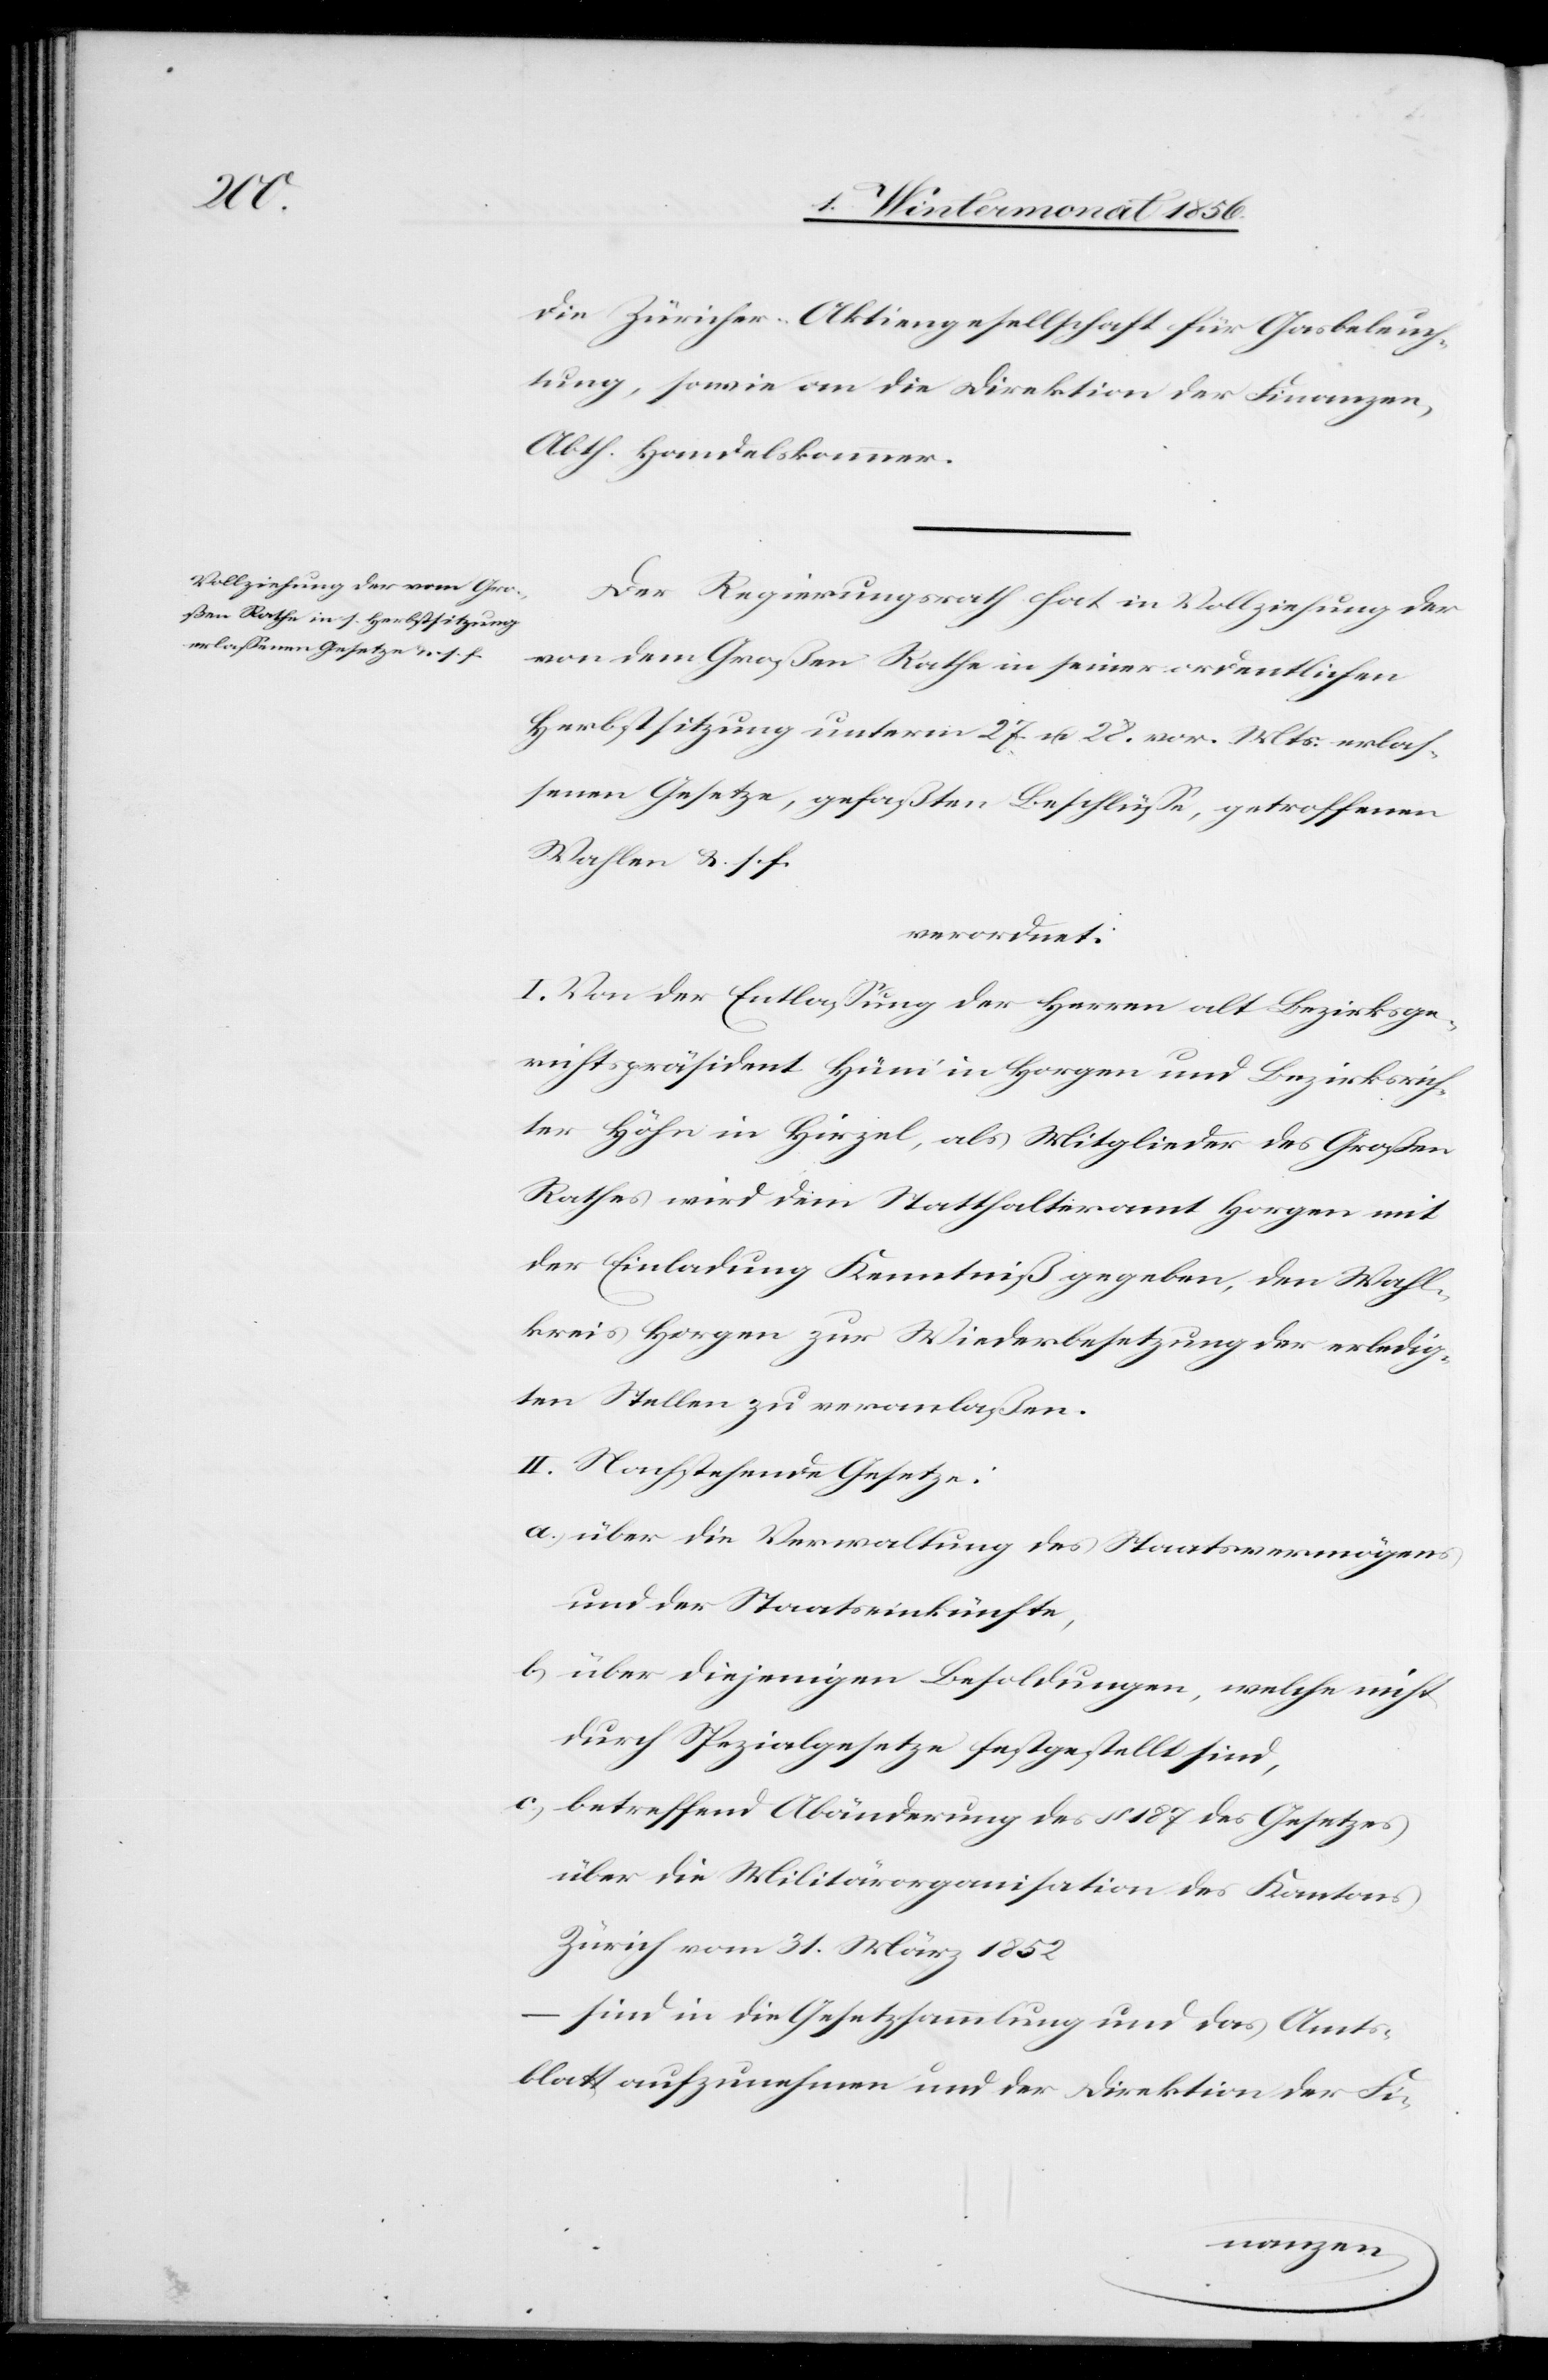
die Züricher-Aktiengesellschaft für Gasbeleuch¬
tung, sowie an die Direktion der Finanzen,
Abth. Handelskammer.
Der Regierungsrath hat in Vollziehung der
von dem Großen Rathe in seiner ordentlichen
Herbstsitzung unterm 27 u. 28. vor. Mts. erlas¬
senen Gesetze, gefaßten Beschlüsse, getroffenen
Wahlen &. s. f.
verordnet:
I. Von der Entlassung der Herren alt Bezirksge¬
richtspräsident Hüni in Horgen und Bezirksrich¬
ter Höhn in Hirzel, als Mitglieder des Großen
Rathes wird dem Statthalteramt Horgen mit
der Einladung Kenntniß gegeben, den Wahl¬
kreis Horgen zur Wiederbesetzung der erledig¬
ten Stellen zu veranlaßen.
II. Nachstehende Gesetze:
a.) über die Verwaltung des Staatsvermögens
und der Staatseinkünfte,
b.) über diejenigen Besoldungen, welche nicht
durch Spezialgesetze festgestellt sind,
c.) betreffend Abänderung des § 187 des Gesetzes
über die Militärorganisation des Kantons
Zürich vom 31. März 1852
– sind in die Gesetzsammlung und das Amts¬
blatt aufzunehmen und der Direktion der Fi-